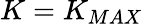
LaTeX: K=K_{MAX}